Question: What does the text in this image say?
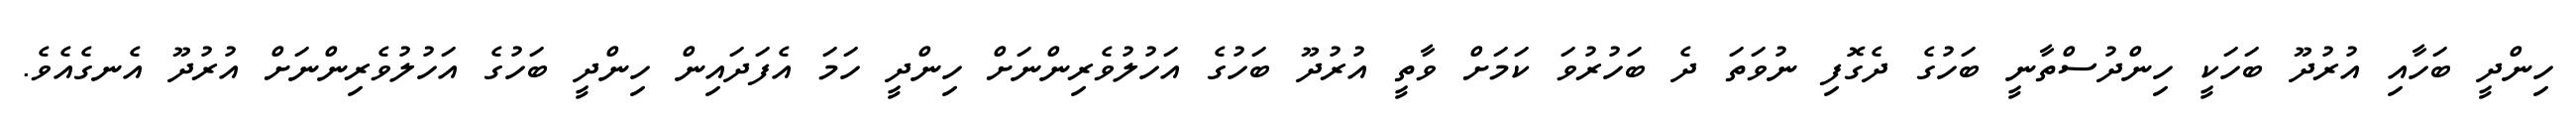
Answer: ހިންދީ ބަހާއި އުރުދޫ ބަހަކީ ހިންދުސްތާނީ ބަހުގެ ދެގޮފި ނުވަތަ ދެ ބަހުރުވަ ކަމަށް ވާތީ އުރުދޫ ބަހުގެ އަހުލުވެރިންނަށް ހިންދީ ހަމަ އެފަދައިން ހިންދީ ބަހުގެ އަހުލުވެރިންނަށް އުރުދޫ އެނގެއެވެ.